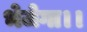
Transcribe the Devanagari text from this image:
भेजेगा।।